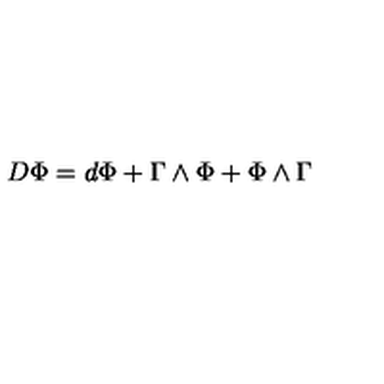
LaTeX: D \Phi = d \Phi + \Gamma \wedge \Phi + \Phi \wedge \Gamma \label q